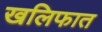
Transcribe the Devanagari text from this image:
खलिफात